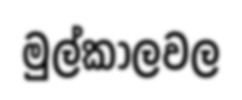
මුල්කාලවල